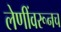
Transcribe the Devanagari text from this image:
लेणींवरूनच